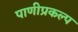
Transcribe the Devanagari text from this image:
पाणीप्रकल्प